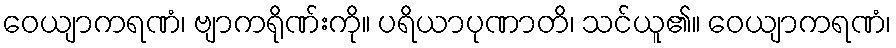
ဝေယျာကရဏံ၊ ဗျာကရိုဏ်းကို။ ပရိယာပုဏာတိ၊ သင်ယူ၏။ ဝေယျာကရဏံ၊